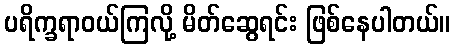
ပရိက္ခရာဝယ်ကြလို့ မိတ်ဆွေရင်း ဖြစ်နေပါတယ်။